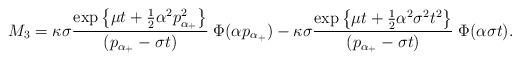
LaTeX: \begin{align*}M_{3} = \kappa \sigma \frac{\exp\big\{ \mu t + \frac{1}{2}\alpha^{2}p_{\alpha_{+}}^{2} \big\}}{(p_{\alpha_{+}} - \sigma t)} \;\Phi(\alpha p_{\alpha_{+}})- \kappa \sigma \frac{\exp\big\{ \mu t + \frac{1}{2}\alpha^{2}\sigma^{2} t^{2} \big\}}{(p_{\alpha_{+}} - \sigma t)} \; \Phi(\alpha \sigma t).\end{align*}